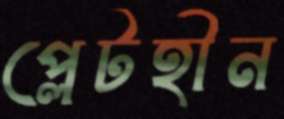
প্লেটহীন